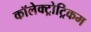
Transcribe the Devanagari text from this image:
कॉलेक्ट्रोट्रिकम